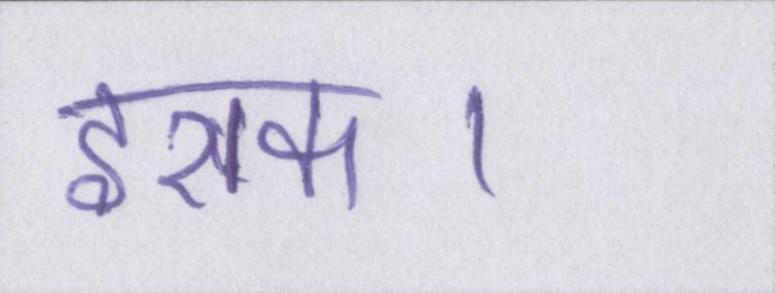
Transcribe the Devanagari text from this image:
इराक।